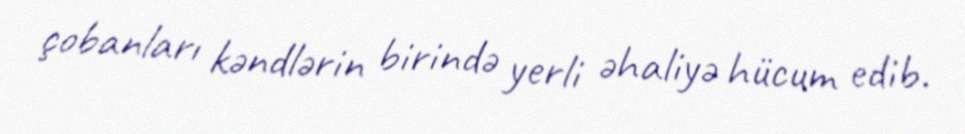
çobanları kəndlərin birində yerli əhaliyə hücum edib.